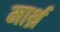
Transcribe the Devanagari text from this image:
मार्थ्र